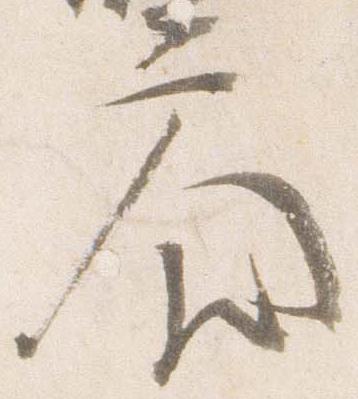
参